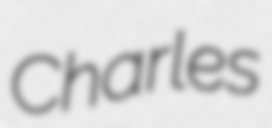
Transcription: Charles